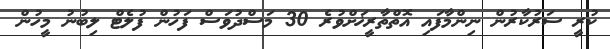
ކުރީ ސަރުކާރުން ނިންމާފައި އޮތްތާރީޚަށްވުރެ 30 މަސްދުވަސް ފަހުން ފުލެޓް ލިބުނު މީހުން